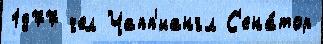
1877 чел Чапп'иангл С'ена́тор